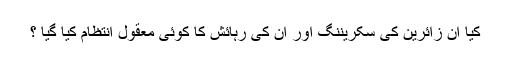
کیا ان زائرین کی سکریننگ اور ان کی رہائش کا کوئی معقول انتظام کیا گیا ؟